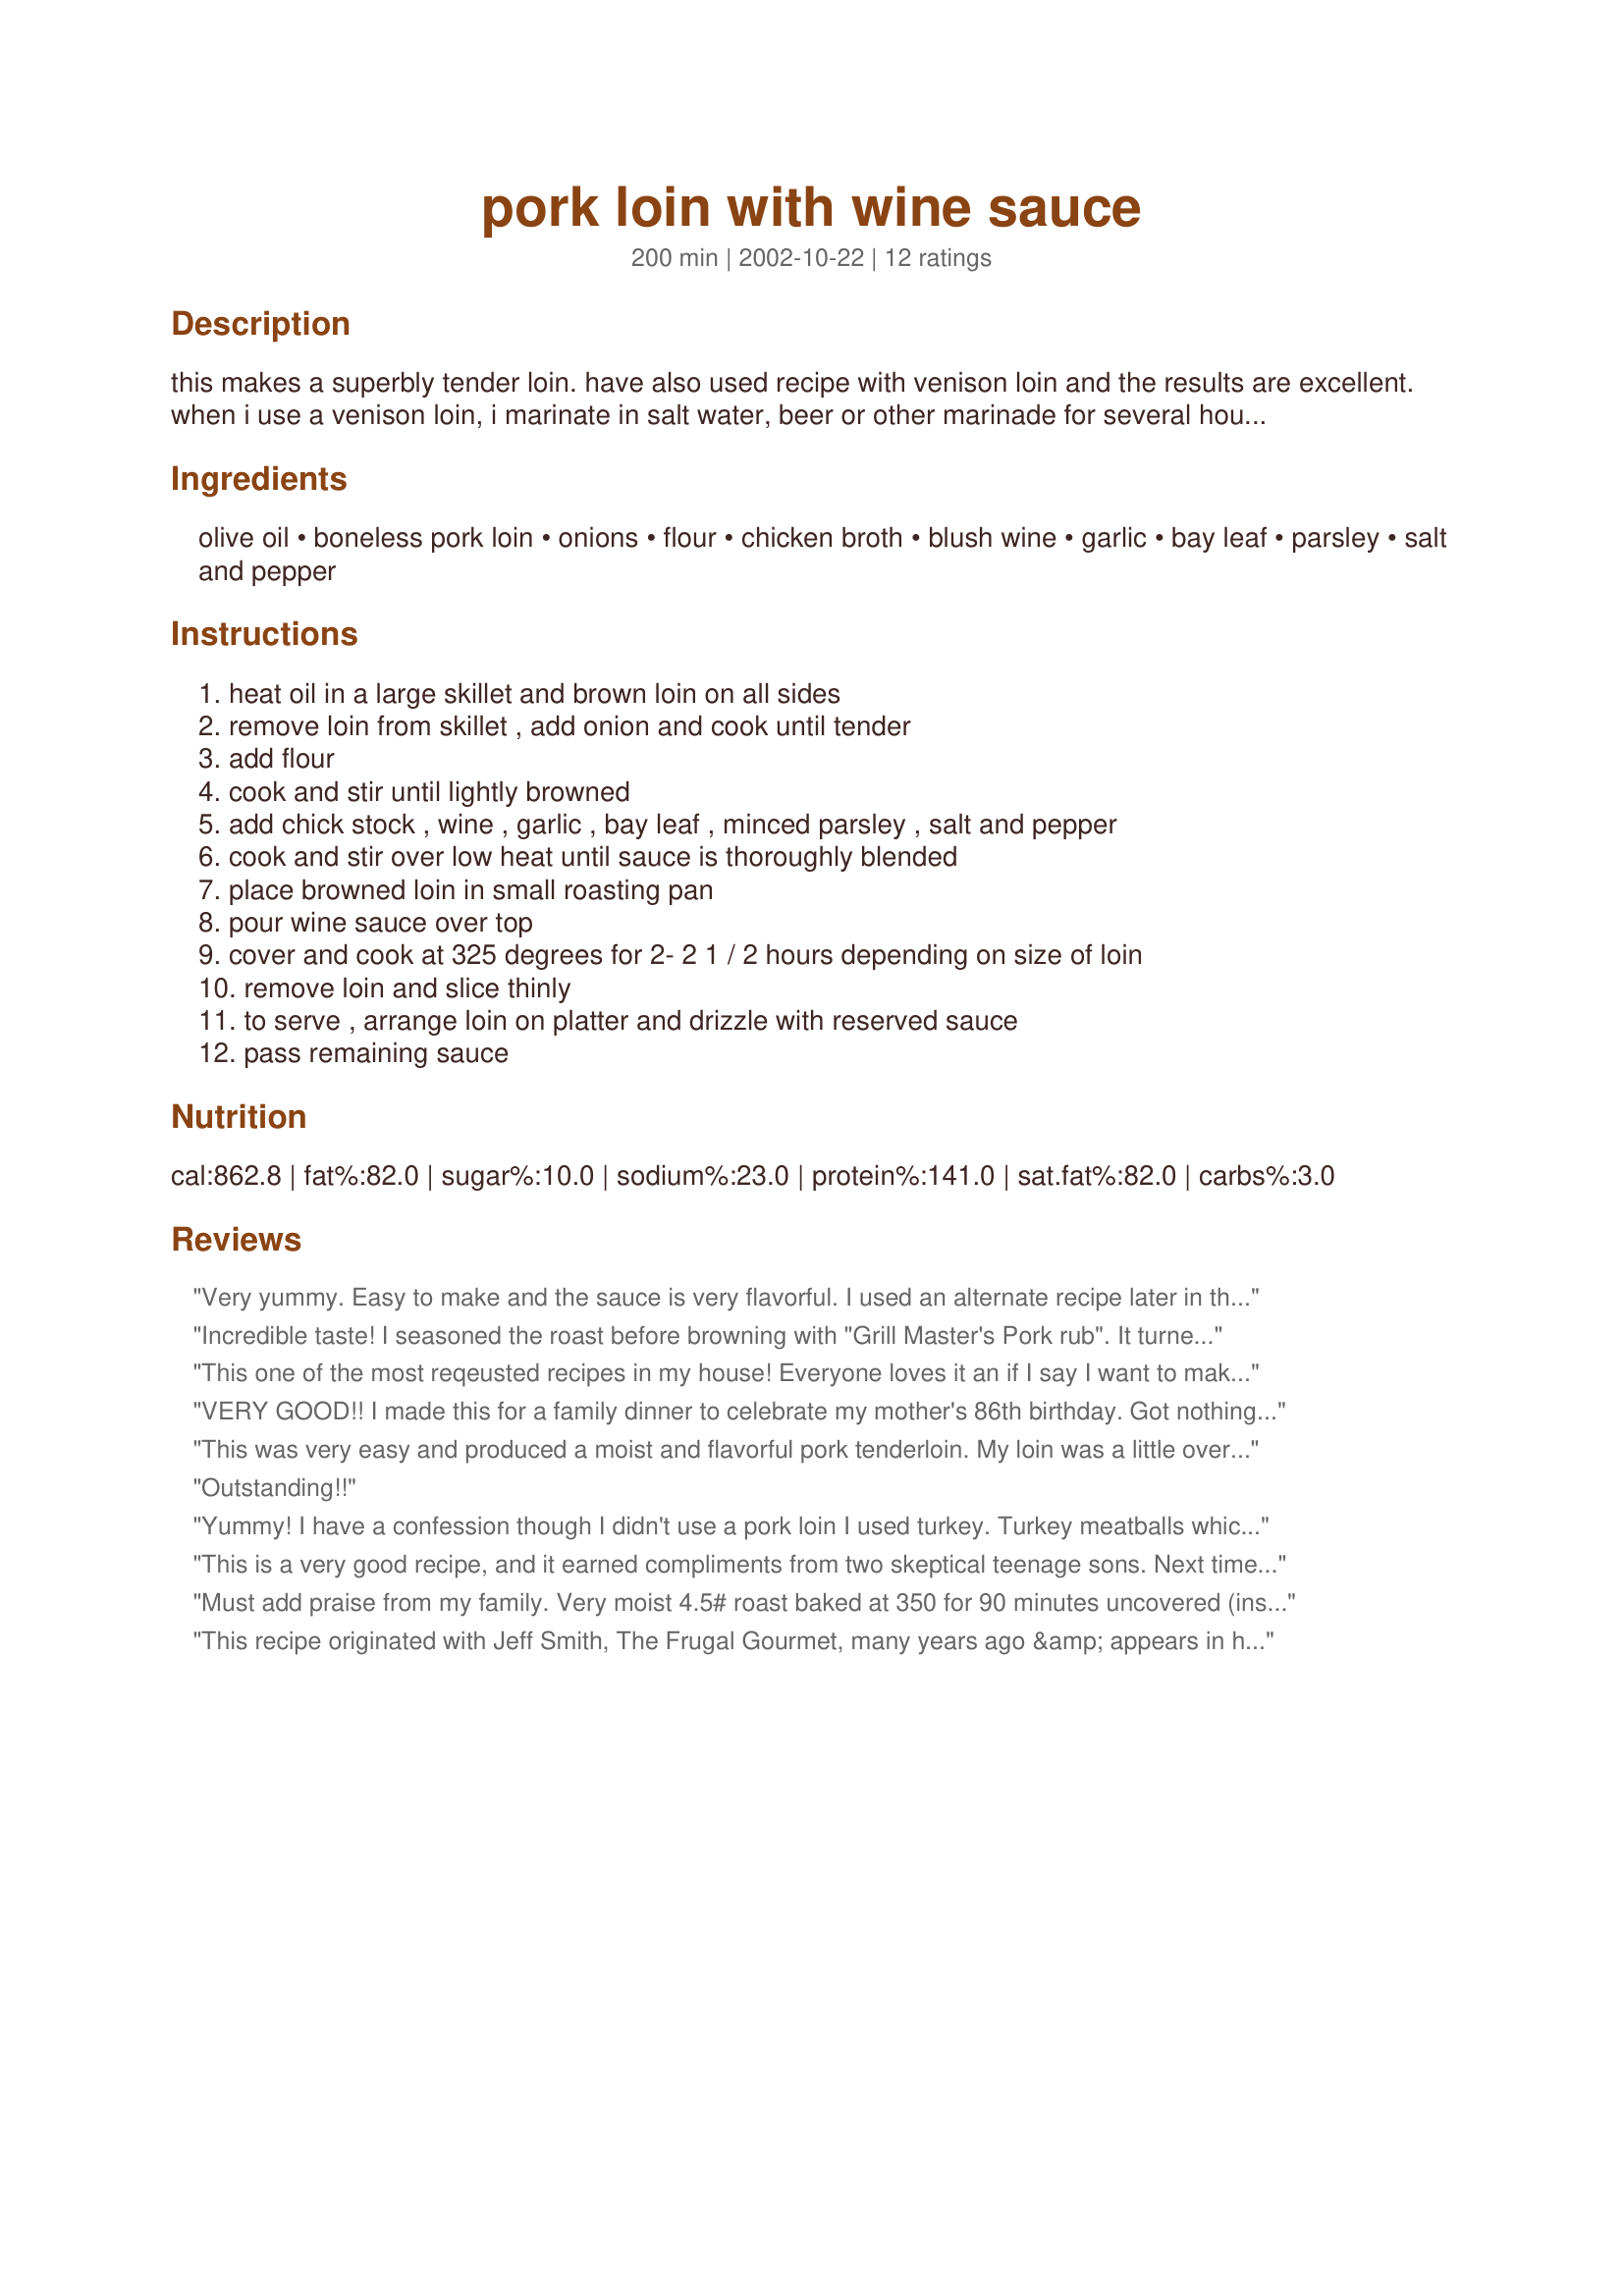
pork loin with wine sauce
Preparation time: 200 minutes

this makes a superbly tender loin. have also used recipe with venison loin and the results are excellent. when i use a venison loin, i marinate in salt water, beer or other marinade for several hours to remove wild game taste and use meat tenderizer before cooking.

Ingredients:
olive oil, boneless pork loin, onions, flour, chicken broth, blush wine, garlic, bay leaf, parsley, salt and pepper

Steps:
heat oil in a large skillet and brown loin on all sides, remove loin from skillet , add onion and cook until tender, add flour, cook and stir until lightly browned, add chick stock , wine , garlic , bay leaf , minced parsley , salt and pepper, cook and stir over low heat until sauce is thoroughly blended, place browned loin in small roasting pan, pour wine sauce over top, cover and cook at 325 degrees for 2- 2 1 / 2 hours depending on size of loin, remove loin and slice thinly, to serve , arrange loin on platter and drizzle with reserved sauce, pass remaining sauce

Reviews:
Very yummy. Easy to make and the sauce is very flavorful. I used an alternate recipe later in the week with the remaining pork loin meat that had to be cooked and it wasn't nearly as yummy! You won't be disappointed with this recipe.
Incredible taste! I seasoned the roast before browning with "Grill Master's Pork rub". It turned out great, next time I don't think I'll saute the onions as much, as I like them a little more visible in the final product.
This one of the most reqeusted recipes in my house! Everyone loves it an if I say I want to make it, everyone ask's " what do you need". Thank you for your recipe!
VERY GOOD!! I made this for a family dinner to celebrate my mother's 86th birthday. Got nothing but compliments!!I did sprinkle the loin with salt, pepper, and garlic powder before browning. I cooked a 4lb loin in a covered dutch oven for 2.5 hours at 325 degrees and then at 250 degrees for an additional 2 hours. This was very tender and moist. Very easy. Will definitely make this again.
This was very easy and produced a moist and flavorful pork tenderloin. My loin was a little over 3 pounds and reached the recommended internal temp after about 1.5 hours. I sauteed sliced mushrooms with the onions for the sauce. When I removed the loin to slice, I heated the sauce on the stovetop to thicken (reduce) a bit more and added a little cream. It was very flavorful and would have been nice as a gravy for mashed potatoes. The flavor of this dish was very mild and was complimented well by the Horseradish and Lemon New Potatoes #57612 that I served with it.
Outstanding!!
Yummy! I have a confession though I didn't use a pork loin I used turkey. Turkey meatballs which is seasoned with salt, black pepper, and garlic powder. I also mixed in a egg to help the meatballs to stick together. I made the sauce and then cooked the meatballs in the sauce for 30 minutes. Yummy. Couldn't be simpler.
This is a very good recipe, and it earned compliments from two skeptical teenage sons. Next time, I may follow the suggestions to rub the roast prior to browning. I served this with noodles, but I agree that the sauce would go well with garlic-herb mashed potatoes.
Must add praise from my family. Very moist 4.5# roast baked at 350 for 90 minutes uncovered (instructions on roast pkg.) Rubbed roast w/salt, pepper and garlic powder before browning. Gravy was great. Thank Jsnider. Thellie
This recipe originated with Jeff Smith, The Frugal Gourmet, many years ago &amp; appears in his FG Cooks With Wine cookbook. Only difference is the use of white wine instead of the blush used here. Have been making this for years &amp; have had many comments that this is the tenderest pork ever tasted. I use a small pork roast, not pork tenderloin &amp; it almost falls to pieces. I think it rather than slice it &amp; put the chunks directly I&#039;m the wine sauce. Often serve with long grain &amp; wild rice. Yummm!
Absolutely wonderful! Very easy to make, and there wasn't a bit left. My entire family loved it! thanks =)
This was very easy to make. The sauce had a nice rich taste to it. I used the chicken broth to make mine. The blush wine worked nicely as it did not over power the other ingredients. So glad I opened a new bottle and did not use the burgundy that was opened. Thank you for sharing.
